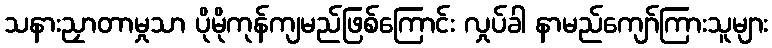
သနားညှာတာမှုသာ ပိုမိုကုန်ကျမည်ဖြစ်ကြောင်း လှုပ်ခါ နာမည်ကျော်ကြားသူများ